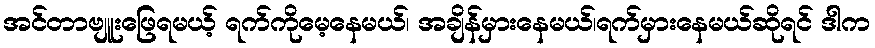
အင်တာဗျူးဖြေရမယ့် ရက်ကိုမေ့နေမယ်၊ အချိန်မှားနေမယ်၊ရက်မှားနေမယ်ဆိုရင် ဒါက